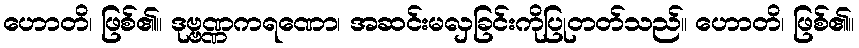
ဟောတိ၊ ဖြစ်၏။ ဒုဗ္ဗဏ္ဏကရဏော၊ အဆင်းမလှခြင်းကိုပြုတတ်သည်။ ဟောတိ၊ ဖြစ်၏။